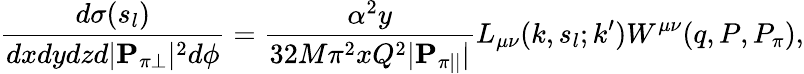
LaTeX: \frac{d\sigma(s_{l})}{dxdydzd|{\mathbf P}_{\pi\perp}|^{2}d\phi}=\frac{\alpha^{2}y}{32M\pi^{2}xQ^{2}|{\mathbf P}_{\pi||}|}L_{\mu\nu}(k,s_{l};k^{\prime})W^{\mu\nu}(q,P,P_{\pi}),